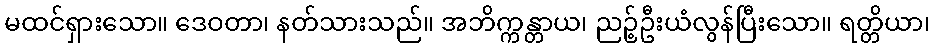
မထင်ရှားသော။ ဒေဝတာ၊ နတ်သားသည်။ အဘိက္ကန္တာယ၊ ညဉ့်ဦးယံလွန်ပြီးသော။ ရတ္တိယာ၊